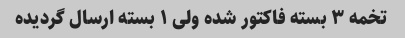
تخمه ۳ بسته فاکتور شده ولی ۱ بسته ارسال گردیده